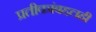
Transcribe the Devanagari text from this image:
प्रतीकांबद्दलही